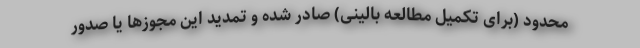
محدود (برای تکمیل مطالعه بالینی) صادر شده و تمدید این مجوزها یا صدور